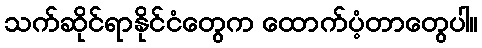
သက်ဆိုင်ရာနိုင်ငံတွေက ထောက်ပံ့တာတွေပါ။